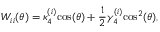
W _ { i i } ( \theta ) = \kappa _ { 4 } ^ { ( i ) } \mathrm { c o s } ( \theta ) + \frac { 1 } { 2 } \gamma _ { 4 } ^ { ( i ) } \mathrm { c o s } ^ { 2 } ( \theta ) ,